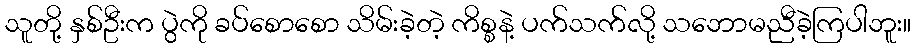
သူတို့ နှစ်ဦးက ပွဲကို ခပ်စောစော သိမ်းခဲ့တဲ့ ကိစ္စနဲ့ ပက်သက်လို့ သဘောမညီခဲ့ကြပါဘူး။